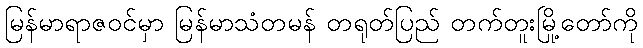
မြန်မာရာဇဝင်မှာ မြန်မာသံတမန် တရုတ်ပြည် တက်တူးမြို့တော်ကို